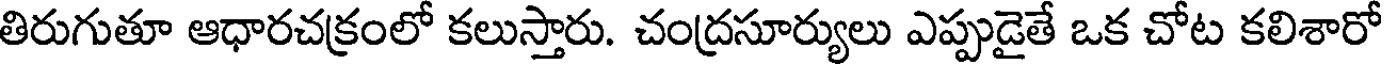
తిరుగుతూ ఆధారచక్రంలో కలుస్తారు. చంద్రసూర్యులు ఎప్పుడైతే ఒక చోట కలిశారో